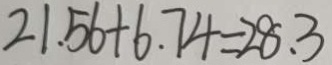
2 1 . 5 6 + 6 . 7 4 = 2 8 . 3